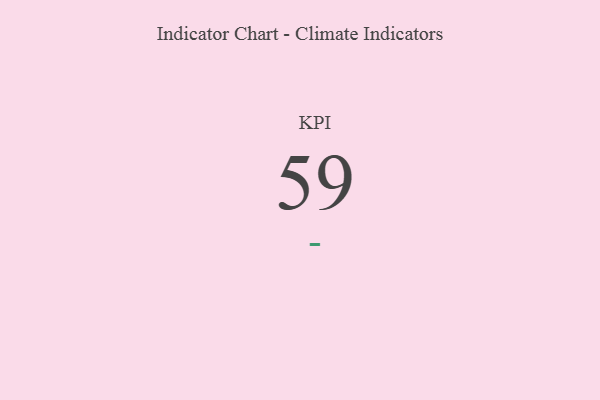
{"axis": {"x": "KPI", "y": "Value"}, "legend": [""], "data": [{"x": "KPI", "y": 59, "type": ""}]}